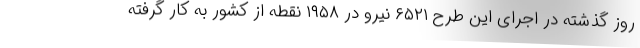
روز گذشته در اجرای این طرح ۶۵۲۱ نیرو در ۱۹۵۸ نقطه از کشور به کار گرفته